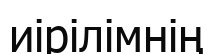
иірілімнің